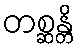
တစ္ဆန္တိ